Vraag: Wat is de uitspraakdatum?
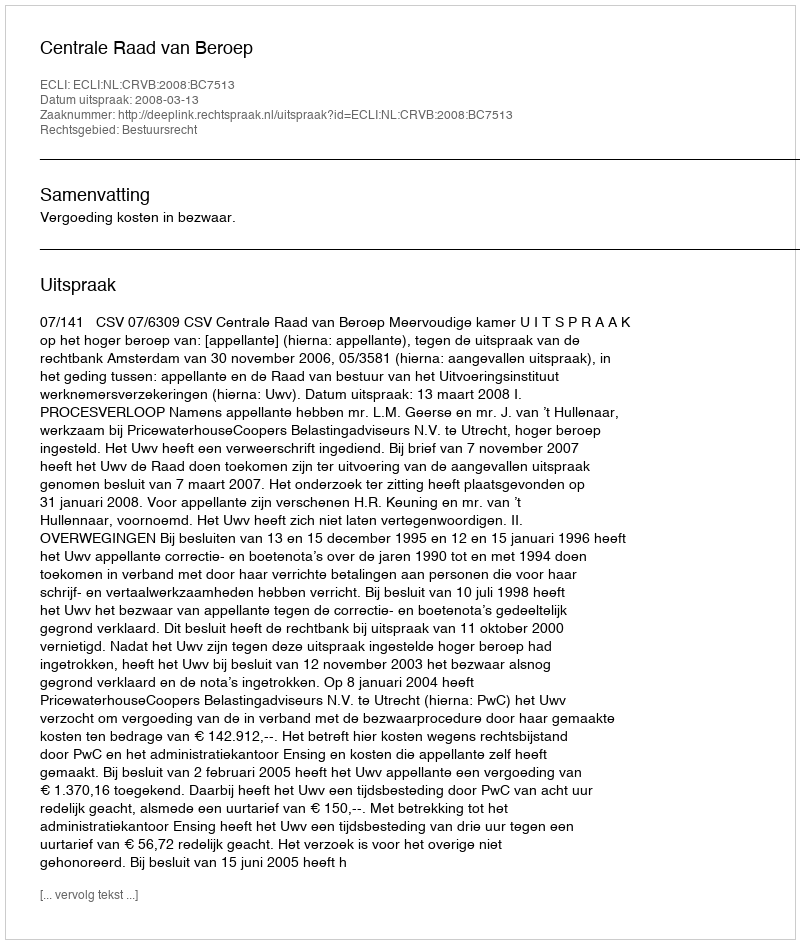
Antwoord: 2008-03-13